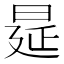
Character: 𭦋